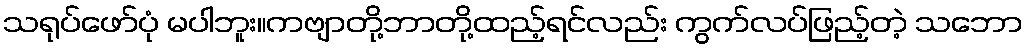
သရုပ်ဖော်ပုံ မပါဘူး။ကဗျာတို့ဘာတို့ထည့်ရင်လည်း ကွက်လပ်ဖြည့်တဲ့ သဘော